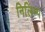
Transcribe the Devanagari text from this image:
निलिम्प